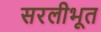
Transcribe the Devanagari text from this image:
सरलीभूत